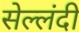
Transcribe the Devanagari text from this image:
सेल्लंदी